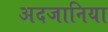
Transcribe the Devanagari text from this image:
अदजानिया